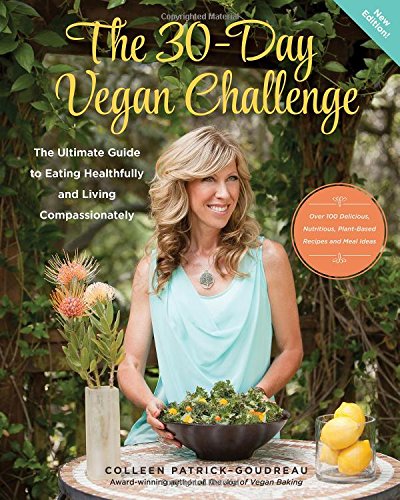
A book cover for The 30-Day Vegan Challenge (New Edition): Over 100 Delicious, Nutritious Plant-Based Recipes and Meal Ideas for Eating Healthfully and Compassionately -- The Ultimate Guide and Cookbook; Colleen Patrick-Goudreau; Cookbooks, Food & Wine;